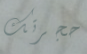
حجرتك